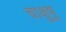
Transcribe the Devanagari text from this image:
चाक्षुषु